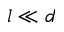
l \ll d